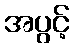
အပွင့်